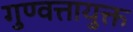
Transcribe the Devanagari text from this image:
गुण्वत्तायुक्त